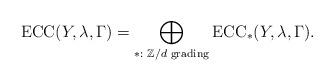
LaTeX: \begin{align*} \mathrm{ECC}(Y,\lambda,\Gamma)= \bigoplus_{*:\,\,\mathbb{Z}/d\,\,\mathrm{grading}}\mathrm{ECC}_{*}(Y,\lambda,\Gamma).\end{align*}